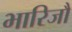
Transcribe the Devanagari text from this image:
भारिजौ